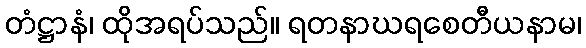
တံဋ္ဌာနံ၊ ထိုအရပ်သည်။ ရတနာဃရစေတီယနာမ၊